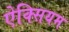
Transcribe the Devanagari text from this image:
ऐक्सियम